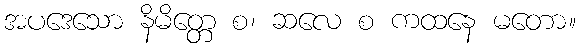
အပဒေသော နိမိတ္တေ စ၊ ဆလေ စ ကထနေ မတော။